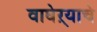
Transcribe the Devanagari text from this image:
वाघेऱ्याचे